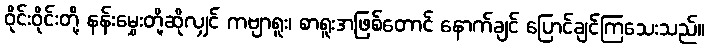
ဝိုင်းဝိုင်းတို့ နန်းမွှေးတို့ဆိုလျှင် ကဗျာရူး၊ စာရူးအဖြစ်တောင် နောက်ချင် ပြောင်ချင်ကြသေးသည်။